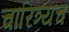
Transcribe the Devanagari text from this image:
चारित्र्यच